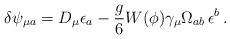
LaTeX: \begin{align*}\delta \psi_{\mu a} = D_\mu \epsilon_a - \frac{g}{6}W(\phi) \gamma_\mu \Omega_{ab} \, \epsilon^b \,.\end{align*}